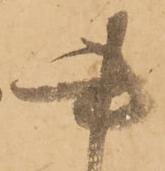
書